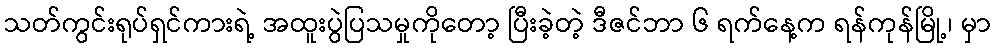
သတ်ကွင်းရုပ်ရှင်ကားရဲ့ အထူးပွဲပြသမှုကိုတော့ ပြီးခဲ့တဲ့ ဒီဇင်ဘာ ၆ ရက်နေ့က ရန်ကုန်မြို့၊ မှာ